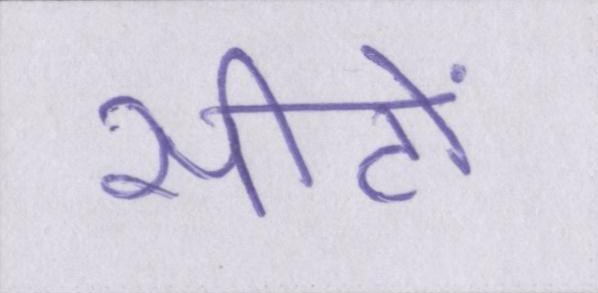
सीटों